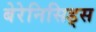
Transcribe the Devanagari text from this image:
बेरेनिसिड्स